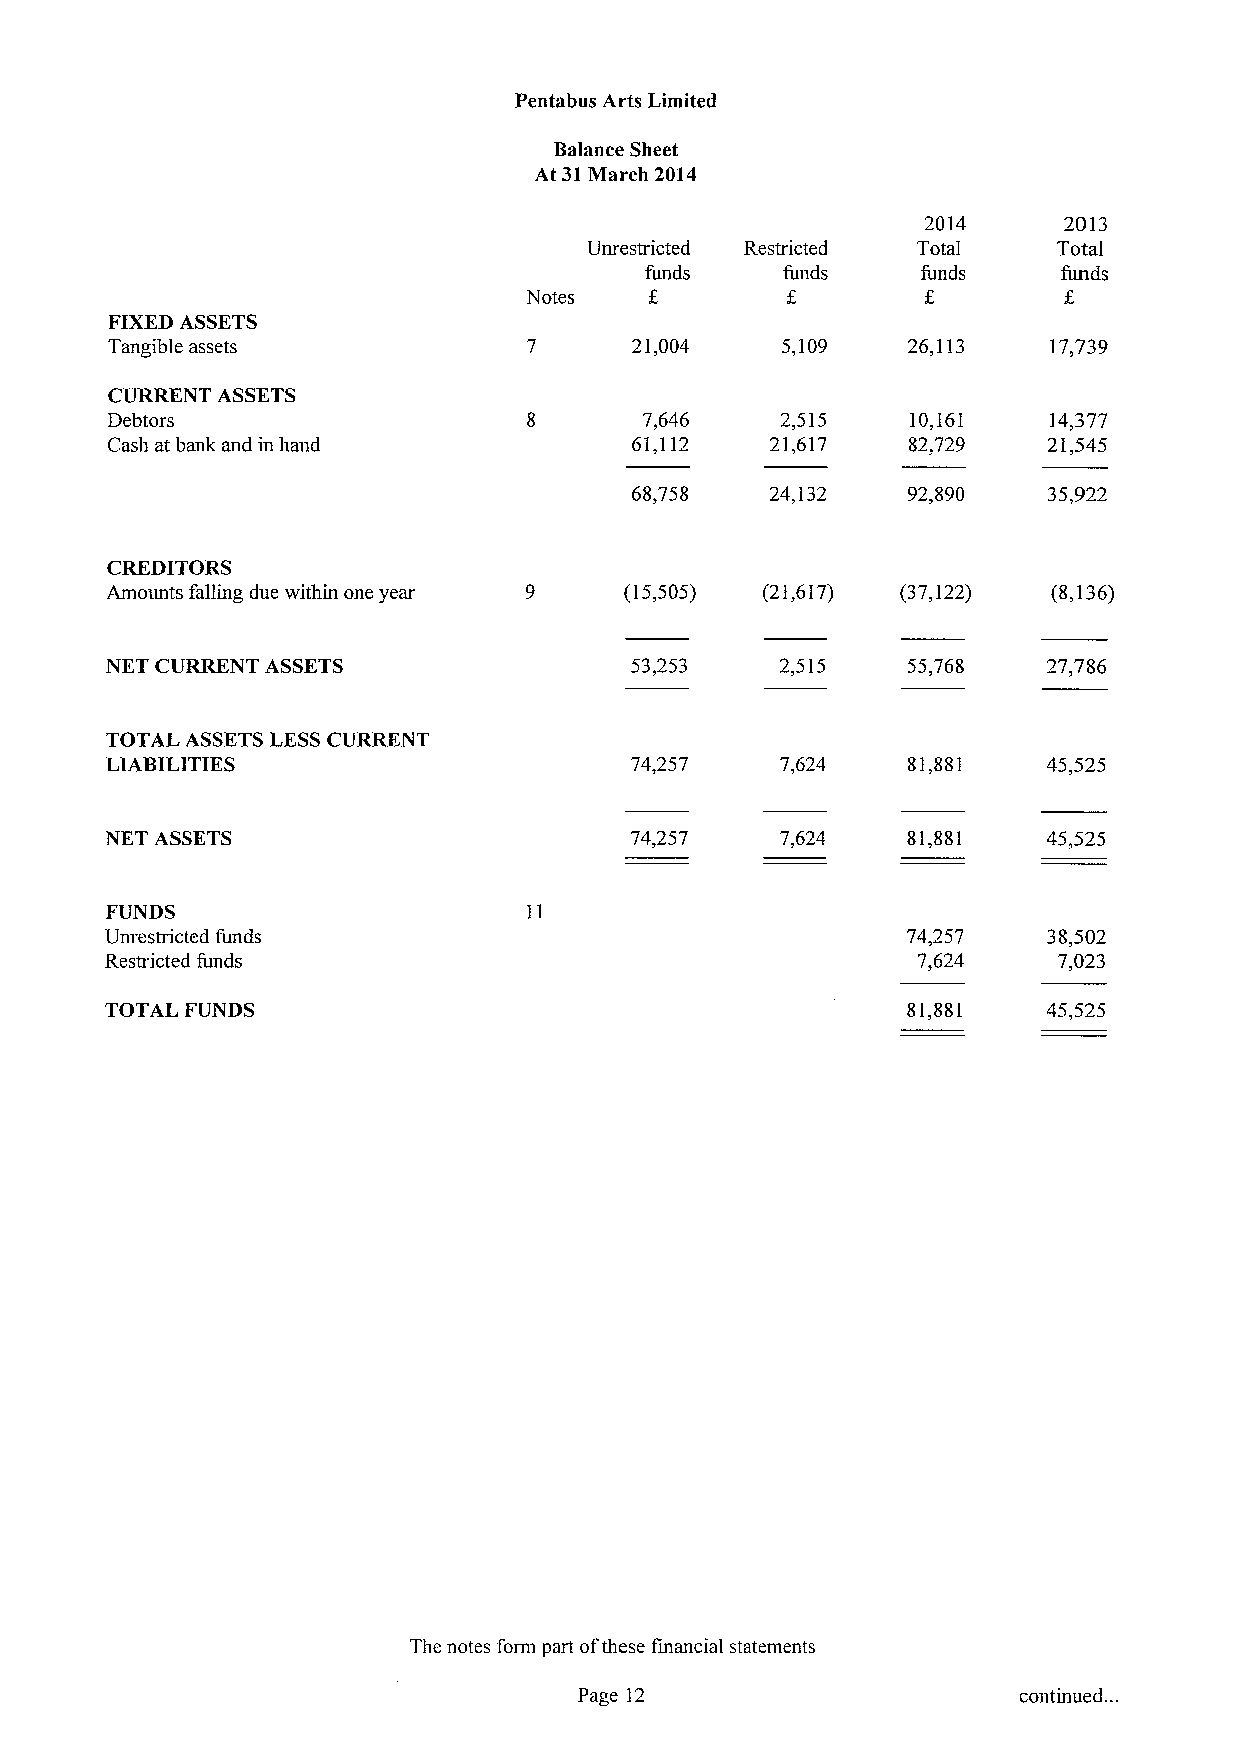
Pentabus Arts Limited
 Balance Sheet
 At 31March 2014
 2014     2013
 Unrestricted Restricted Total  Total
 funds    funds    funds    funds
 Notes
 FIXEDASSETS
 Tangible assets                    21,004    5,109   26,113   17,739
 CURRENT ASSETS
 Debtors                             7,646    2,515   10,161   14,377
 Cash at bank and in hand           61,112   21,617   82,729   21,545
 68,758   24,132   92,890   35,922
 CREDITORS
 Amounts falling due within one year (15,505) (21,617) (37,122) (8,136)
 NET CURRENT ASSETS                 53,253    2,515   55,768   27,786
 TOTAL ASSETSLESSCURRENT
 LIABILITIES                        74,257    7,624   81,881   45,525
 NET ASSETS                         74,257    7,624   81,881   45,525
 FUNDS
 Unrestricted funds                                   74,257   38,502
 Restricted funds                                      7,624    7,023
 TOTAL FUNDS                                          81,881   45,525
 The notes form part ofthese financial statements
 Page 12                      continued. .